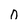
Character: 0